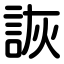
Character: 詼